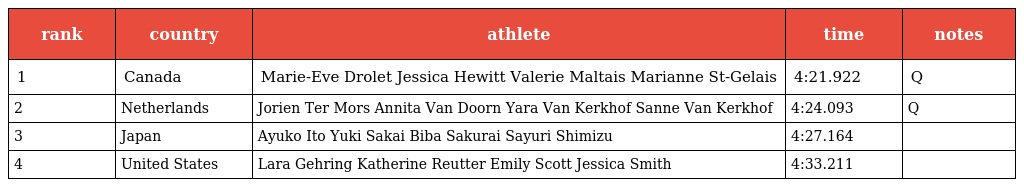
| rank | country | athlete | time | notes |
 | --- | --- | --- | --- | --- |
 | 1 | Canada | Marie-Eve Drolet Jessica Hewitt Valerie Maltais Marianne St-Gelais | 4:21.922 | Q |
 | 2 | Netherlands | Jorien Ter Mors Annita Van Doorn Yara Van Kerkhof Sanne Van Kerkhof | 4:24.093 | Q |
 | 3 | Japan | Ayuko Ito Yuki Sakai Biba Sakurai Sayuri Shimizu | 4:27.164 |  |
 | 4 | United States | Lara Gehring Katherine Reutter Emily Scott Jessica Smith | 4:33.211 |  |